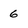
Character: 6